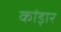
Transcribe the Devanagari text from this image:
कांड़ार